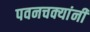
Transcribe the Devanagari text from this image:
पवनचक्यांनी